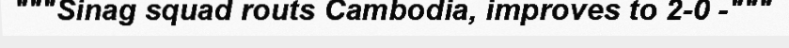
"""Sinag squad routs Cambodia, improves to 2-0 -"""